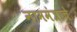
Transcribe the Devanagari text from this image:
नाममंत्राचे